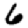
Digit: 6